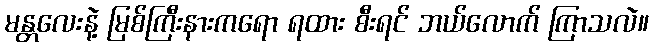
မန္တလေးနဲ့ မြစ်ကြီးနားကရော ရထား စီးရင် ဘယ်လောက် ကြာသလဲ။